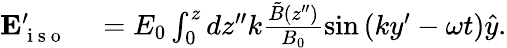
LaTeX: \begin{array}{rl}{\mathbf{E}_{\mathrm{~i~s~o~}}^{\prime}}&{{}=E_{0}\int_{0}^{z}dz^{\prime\prime}k\frac{\tilde{B}(z^{\prime\prime})}{B_{0}}\sin\left(ky^{\prime}-\omega t\right)\hat{y}.}\end{array}